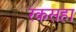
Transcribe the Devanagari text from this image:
रकसहा